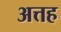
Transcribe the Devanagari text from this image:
अत्तह